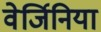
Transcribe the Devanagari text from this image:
वेर्जिनिया